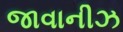
જાવાનીઝ